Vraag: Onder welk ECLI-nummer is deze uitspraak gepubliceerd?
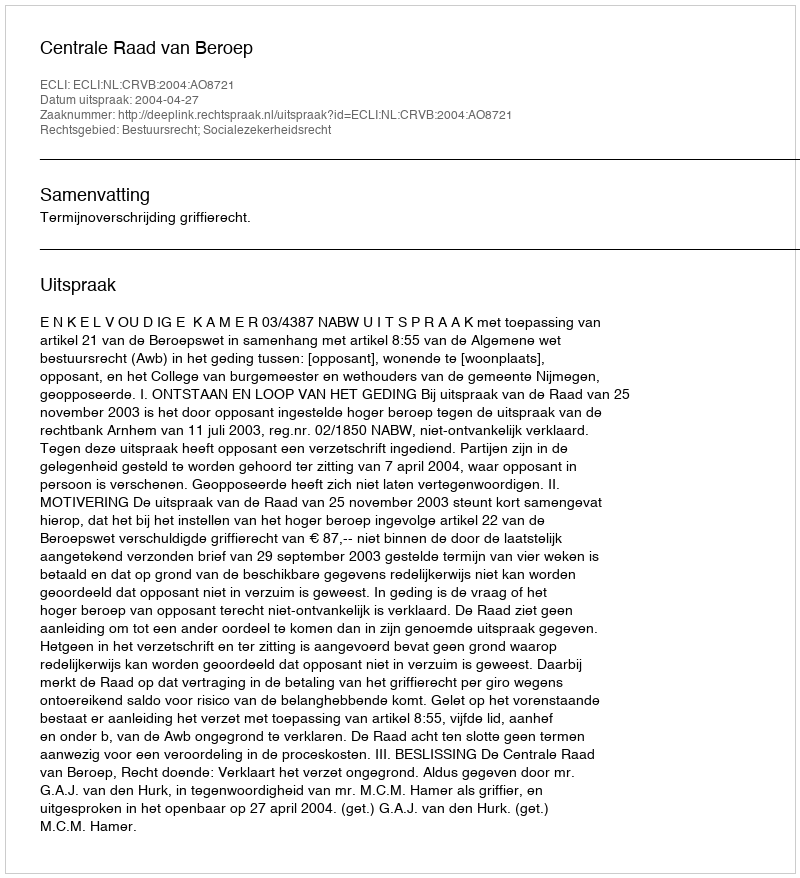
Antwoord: ECLI:NL:CRVB:2004:AO8721